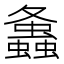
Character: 𧔔